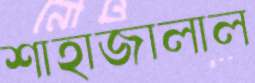
শাহাজালাল